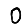
Digit: 0